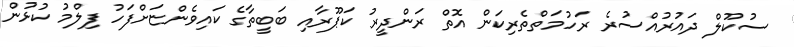
ސުކޫލް ދައުރުއްސުރެ ރަހުމަތްތެރިކަން އޮތް ރަންދީރު ކަޕޫރާއި ބަބީތާގެ ކައިވެންޏަށްފަހު ފިލްމު ކުޅުން